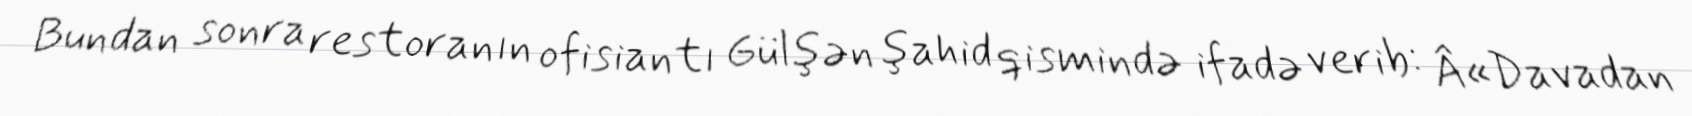
Bundan sonra restoranın ofisiantı Gülşən şahid qismində ifadə verib: Â«Davadan